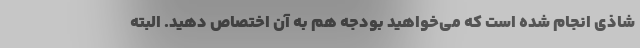
شاذی انجام شده است که می‌‌خواهید بودجه هم به آن اختصاص دهید. البته